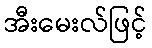
အီးမေးလ်ဖြင့်